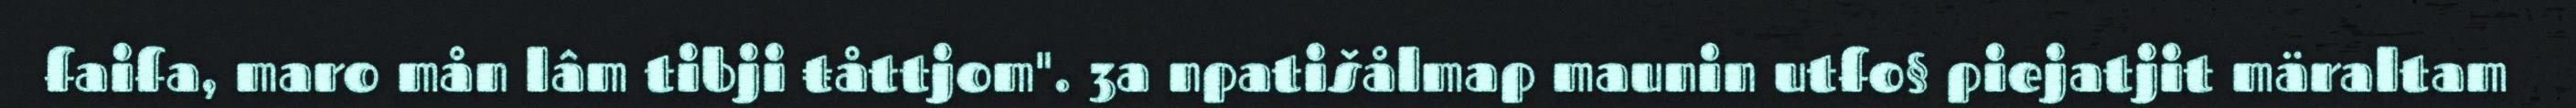
faifa, maro mån lâm tibji ŧåttjom". 3a npatišålmap maunin utfo§ piejatjit märaltam